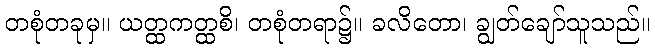
တစုံတခုမှ။ ယတ္ထကတ္ထစိ၊ တစုံတရာ၌။ ခလိတော၊ ချွတ်ချော်သူသည်။